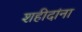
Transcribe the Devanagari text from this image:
शहीदांना